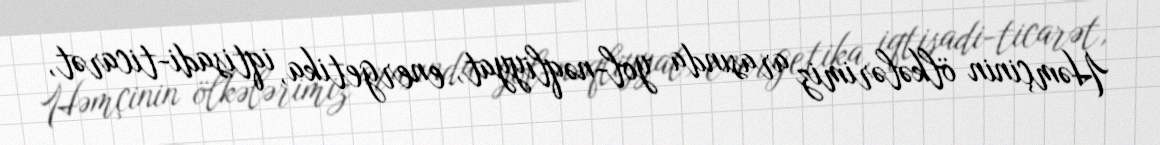
Həmçinin ölkələrimiz arasında yol-nəqliyyat, energetika, iqtisadi-ticarət,